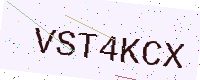
Text: VST4KCX